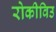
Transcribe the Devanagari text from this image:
रोकीविउ